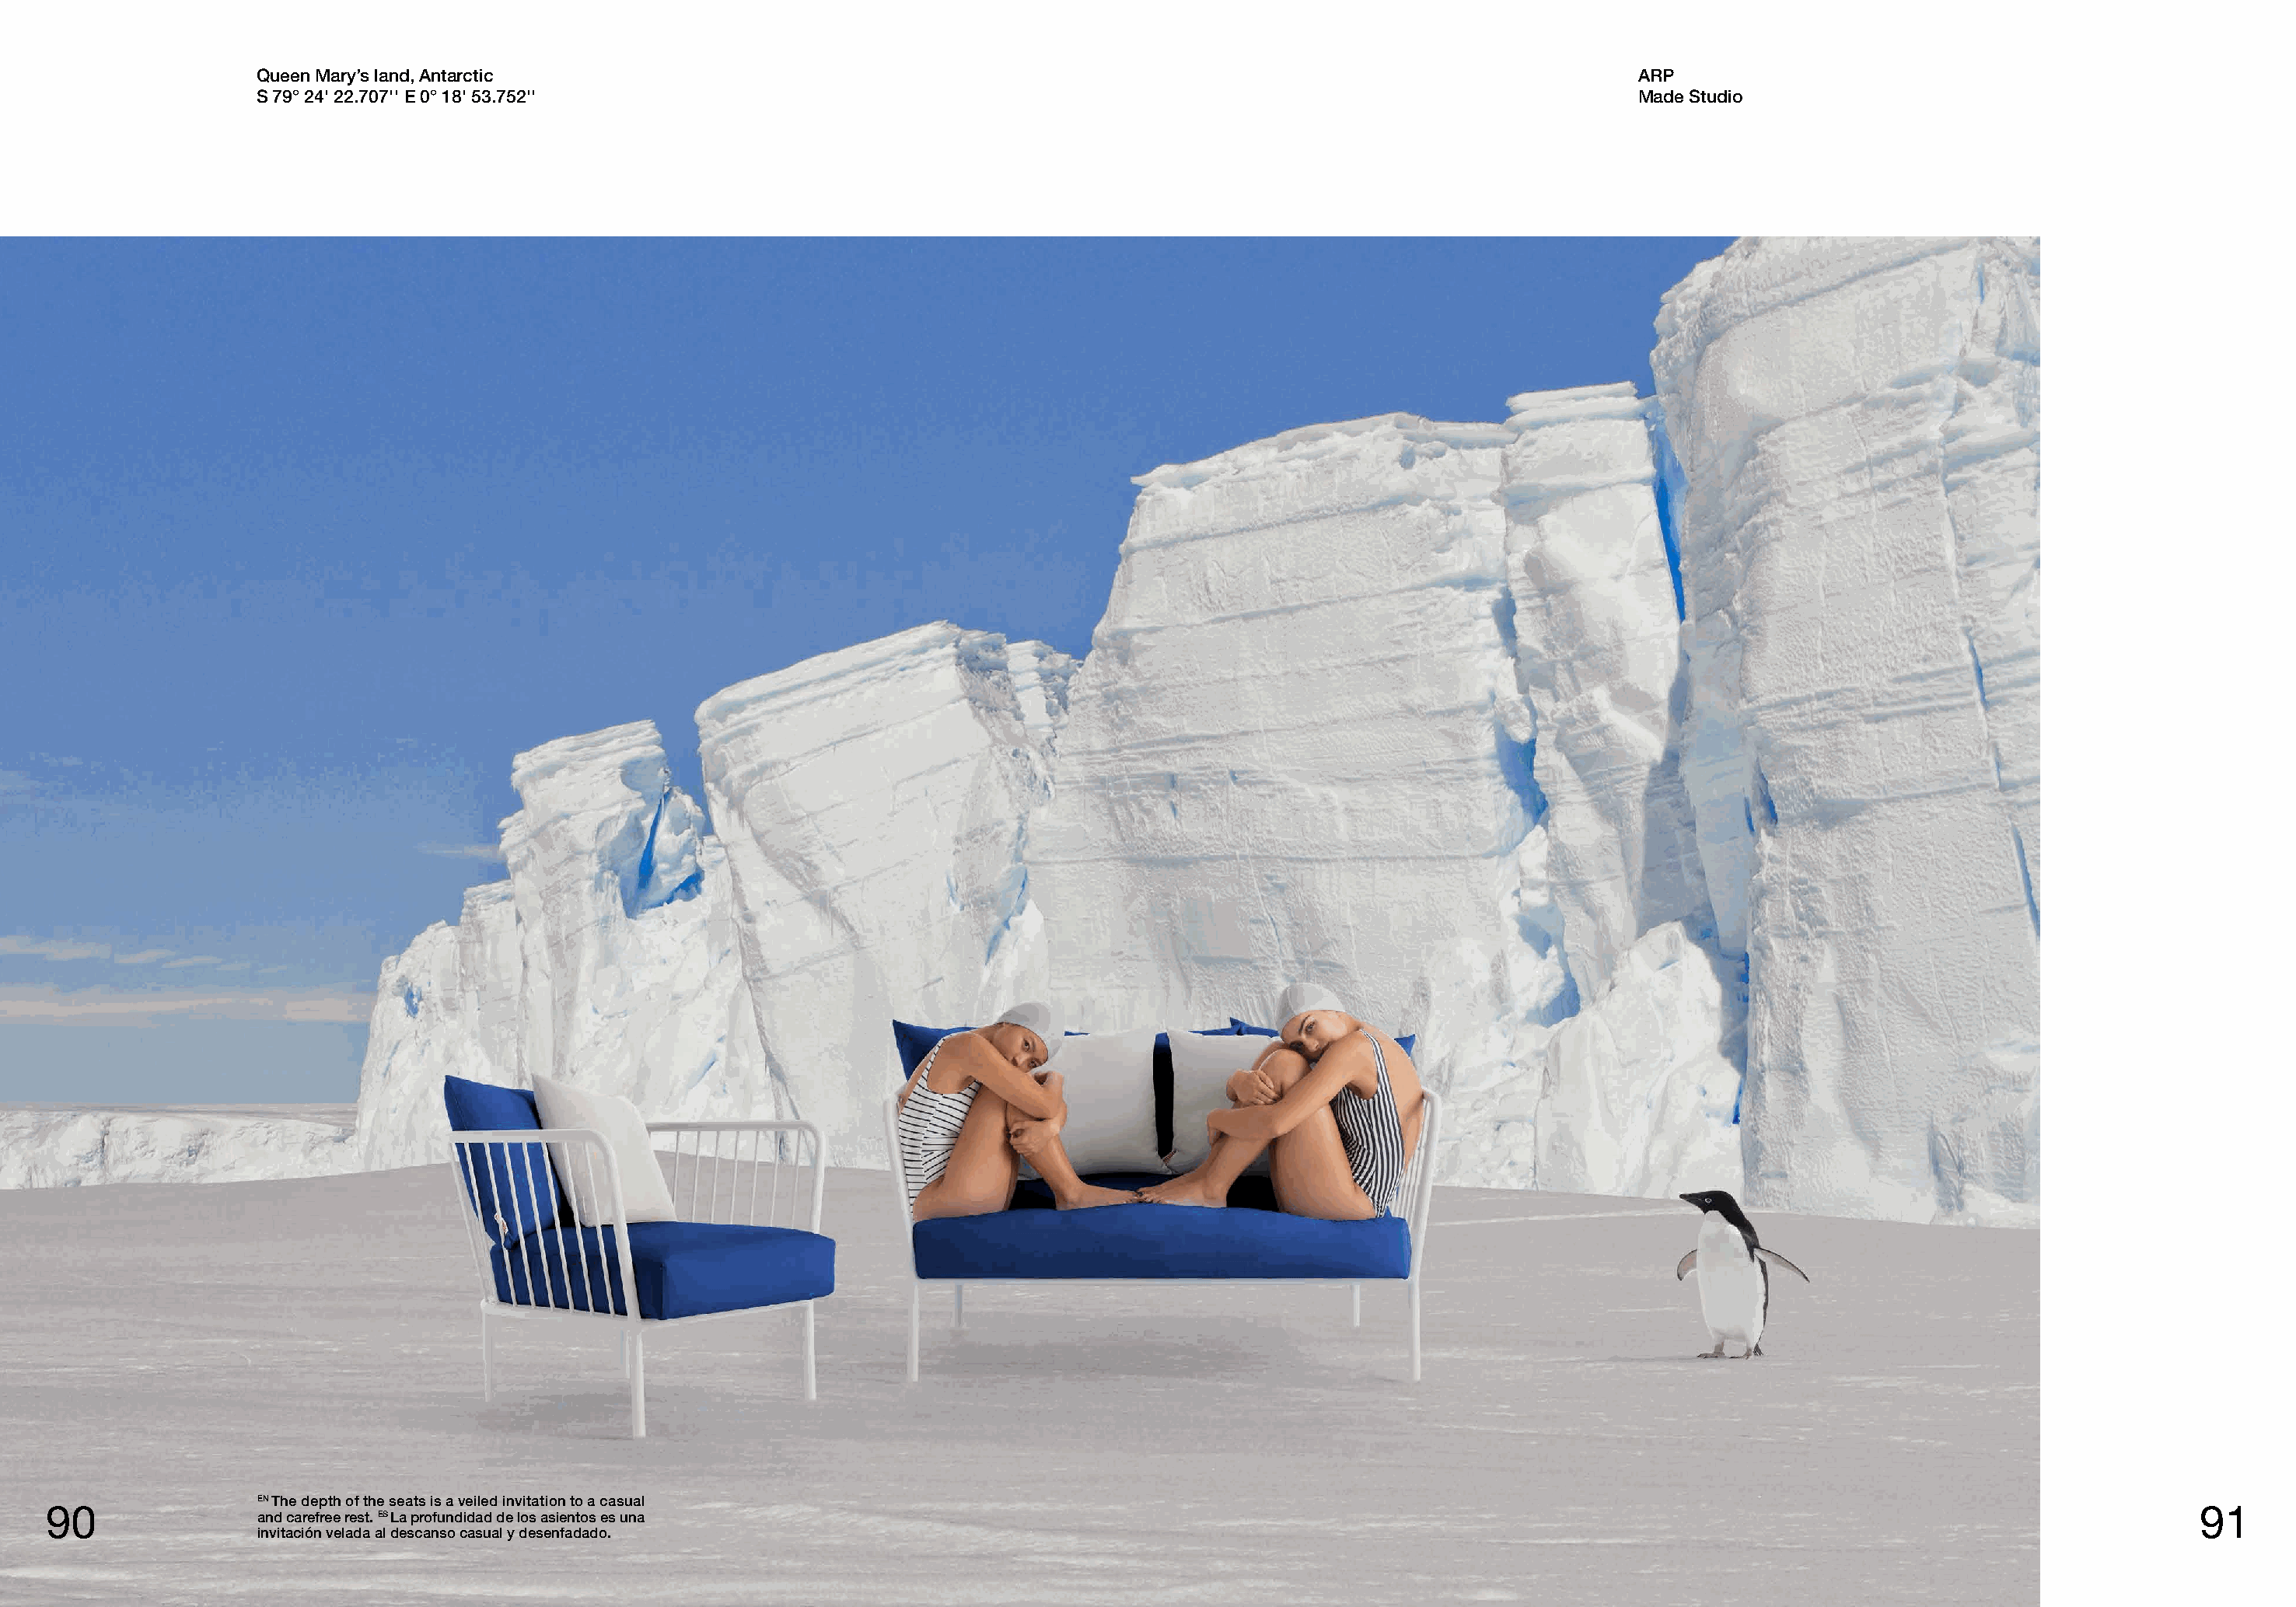
Queen Mary’s land, Antarctic                                                                                         ARP
 S 79° 24' 22.707'' E 0° 18' 53.752''                                                                                 Made Studio
 EN The depth of the seats is a veiled invitation to a casual
 90                                                                                                                                                                                     91
 and carefree rest. ES La profundidad de los asientos es una
 invitación velada al descanso casual y desenfadado.